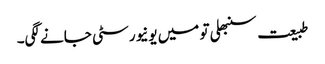
طبیعت سنبھلی تو میں یونیورسٹی جانے لگی۔